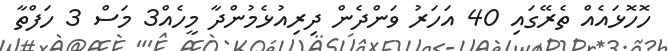
ހޮހޮޅައެއް ތެރޭގައި 40 އަހަރު ވަންދެން ދިރިއުޅެމުންދާ މީހެއް3 މަސް 3 ހަފްތާ